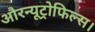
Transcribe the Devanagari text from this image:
औरन्यूट्रोफिल्स।